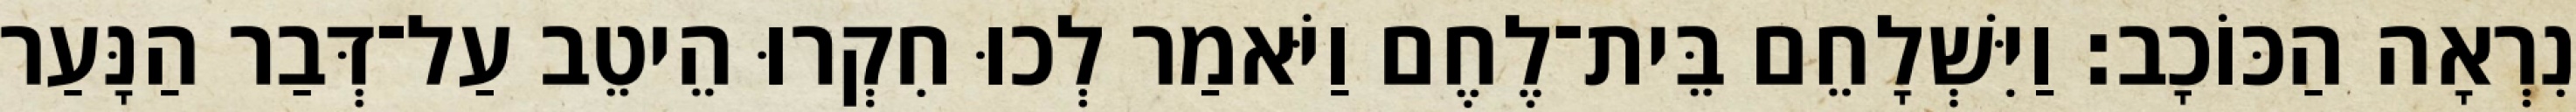
נִרְאָה הַכּוֹכָב׃ וַיִּשְׁלָחֵם בֵּית־לֶחֶם וַיֹּאמַר לְכוּ חִקְרוּ הֵיטֵב עַל־דְּבַר הַנָּעַר